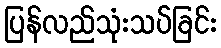
ပြန်လည်သုံးသပ်ခြင်း